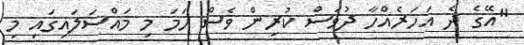
"އޭގެ ދެ އަހަރެއްހާ ދުވަސް ކުރިން ވެސް ހަމަ މި މައްސަލައިގައި މި